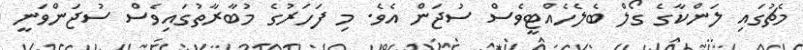
މެޗުގައި ލަންކާގެ ގޯލް ބެލެހެއްޓީވެސް ސުޖަން އެވެ. މި ފަހަރުގެ މުބާރާތުގައިވެސް ސުޖަންވަނީ